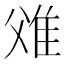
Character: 𨾝